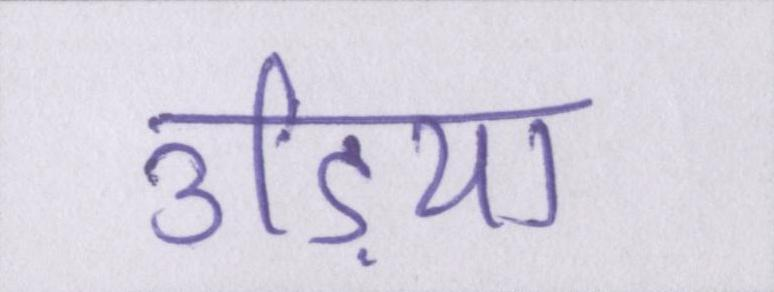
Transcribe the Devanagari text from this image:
उड़िया